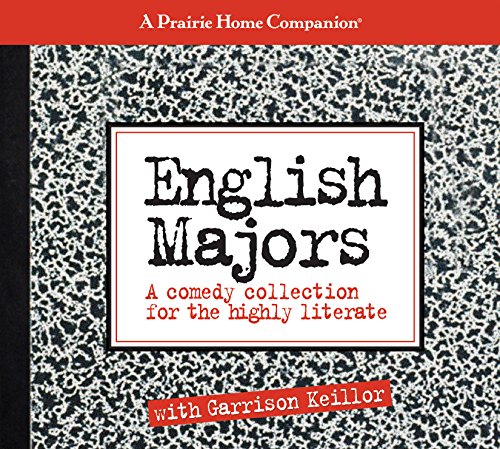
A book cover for English Majors: A Comedy Collection for the Highly Literate (Prairie Home Companion); Garrison Keillor; Humor & Entertainment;